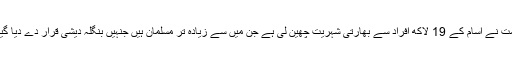
حکومت نے آسام کے 19 لاکھ افراد سے بھارتی شہریت چھین لی ہے جن میں سے زیادہ تر مسلمان ہیں جنہیں بنگلہ دیشی قرار دے دیا گیا ہے۔